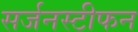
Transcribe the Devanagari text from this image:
सर्जनस्टीफन